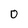
Character: O